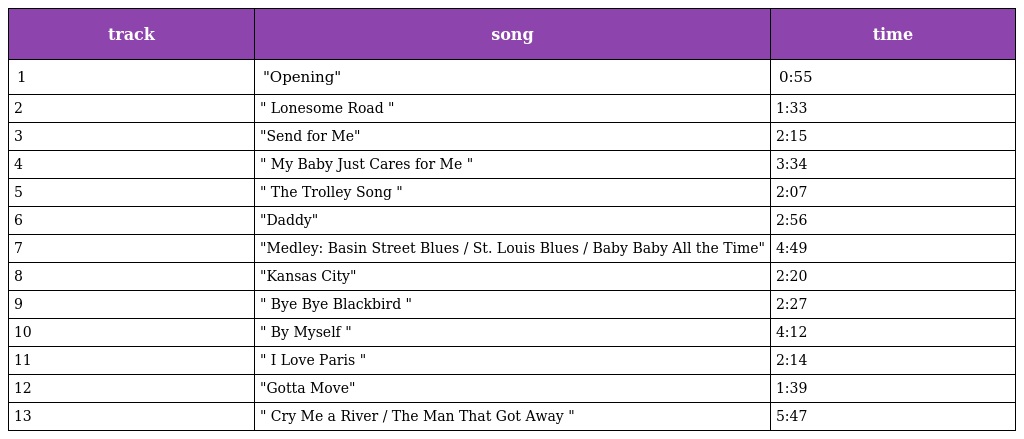
| track | song | time |
 | --- | --- | --- |
 | 1 | "Opening" | 0:55 |
 | 2 | " Lonesome Road " | 1:33 |
 | 3 | "Send for Me" | 2:15 |
 | 4 | " My Baby Just Cares for Me " | 3:34 |
 | 5 | " The Trolley Song " | 2:07 |
 | 6 | "Daddy" | 2:56 |
 | 7 | "Medley: Basin Street Blues / St. Louis Blues / Baby Baby All the Time" | 4:49 |
 | 8 | "Kansas City" | 2:20 |
 | 9 | " Bye Bye Blackbird " | 2:27 |
 | 10 | " By Myself " | 4:12 |
 | 11 | " I Love Paris " | 2:14 |
 | 12 | "Gotta Move" | 1:39 |
 | 13 | " Cry Me a River / The Man That Got Away " | 5:47 |